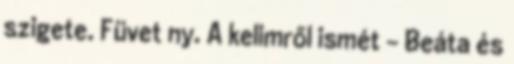
szigete. Füvet ny. A kelimről ismét - Beáta és